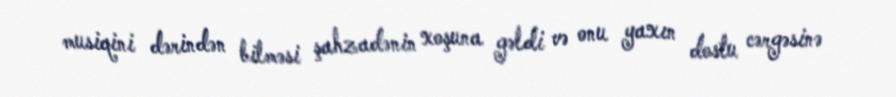
musiqini dərindən bilməsi şahzadənin xoşuna gəldi və onu yaxın dostu cərgəsinə